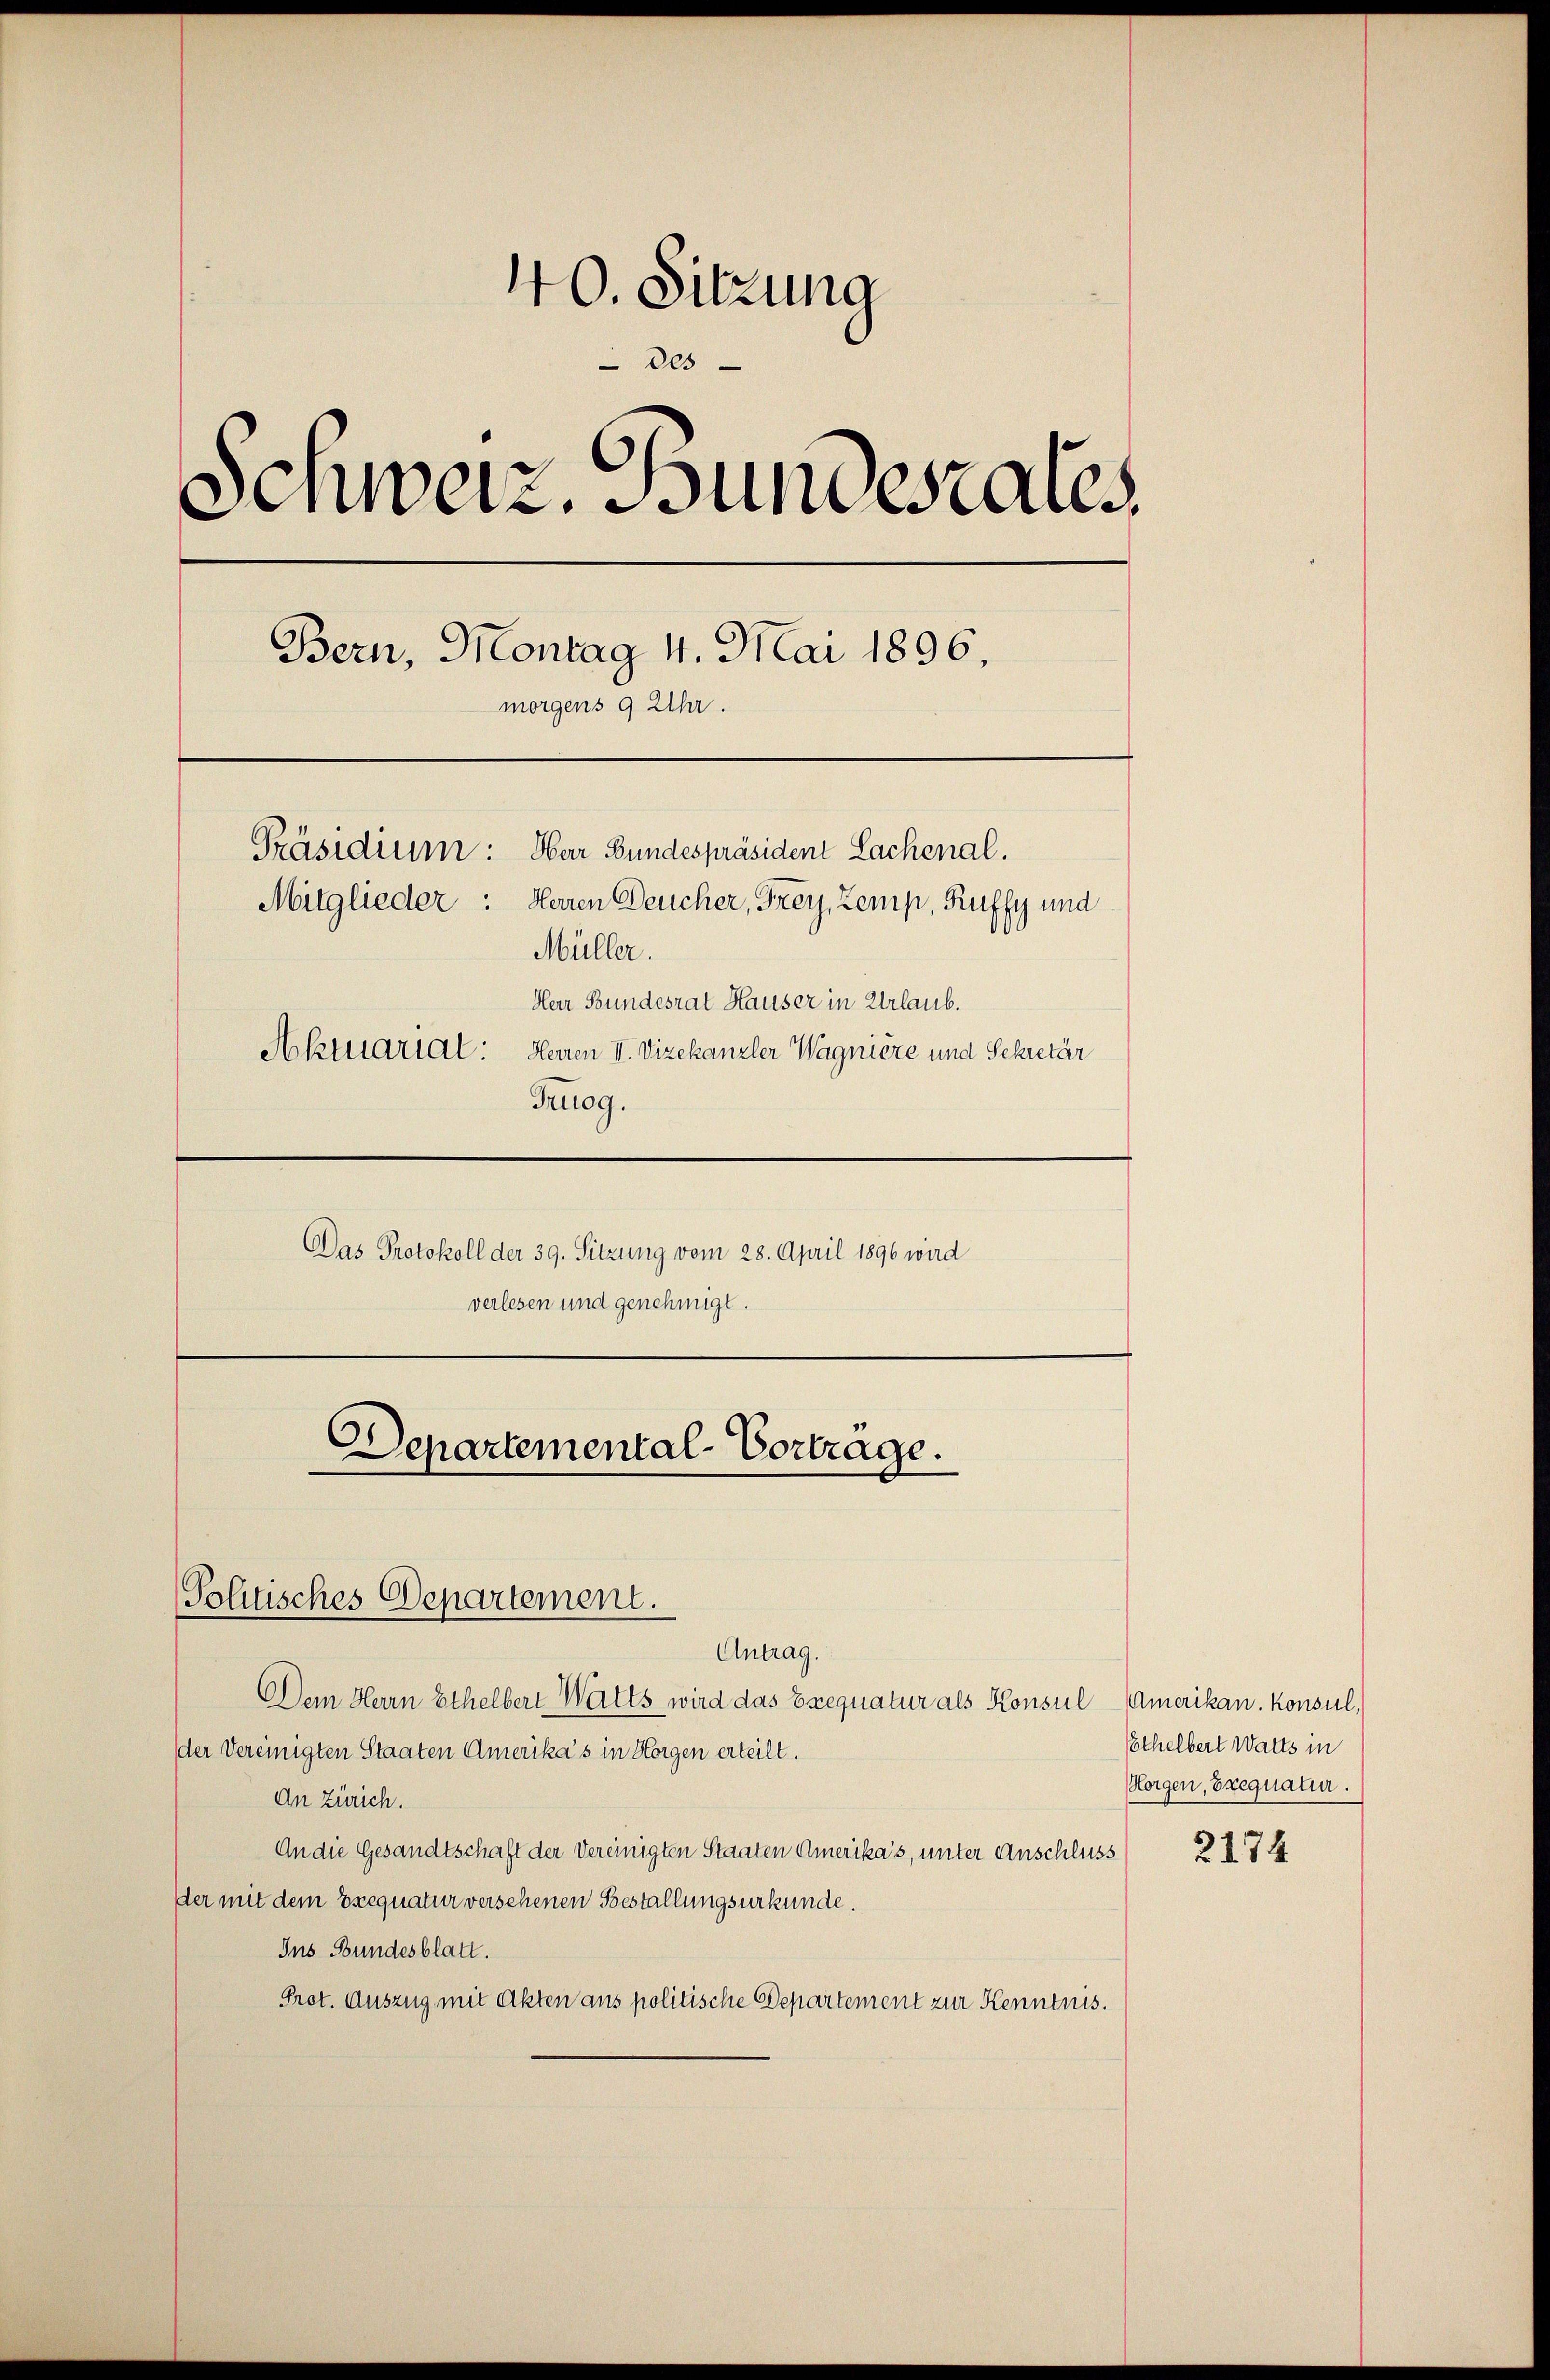
40. Sitzung
 des
Schweiz. Bundesrates
C
Bern, Montag 4. Mai 1896.
morgens 9 Uhr.
Präsidium: Har Bundespräsident Lachenal.
Mitglieder: Heren Deucher, Frey, Zemp, Ruffy und
Müller.
Herr Bundesrat Hauser in Urlaub.
Aktuartal: Herren II. Vizekanzler Wagnière und Sekretär
Truog.

Das Protokoll der 39. Sitzung vom 28. April 1896 wird
verlesen und genehmigt.

Antrag.
Dem Herrn Ethelbert Walts wird das Exequatur als Konsul-Amerikan. Konsul,
der Vereinigten Staaten Amerika’s in Horgen erteilt.
An Zürich.
An die Gesandtschaft der Vereinigten Staaten Amerika’s, unter Anschluss
der mit dem Exequatur versehenen Bestallungsurkunde.
Ins Bundesblatt.
Prot. Auszug mit Akten aus politische Departement zur Kenntnis.

Departemental-Vortrage.
Politisches Departement.

Gothelbert Warts in
Horgen, Exequatur.

2174